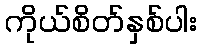
ကိုယ်စိတ်နှစ်ပါး